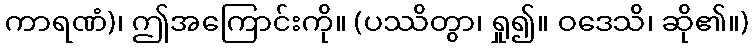
ကာရဏံ)၊ ဤအကြောင်းကို။ (ပဿိတွာ၊ ရှု၍။ ဝဒေသိ၊ ဆို၏။)